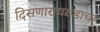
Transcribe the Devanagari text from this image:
दिसणारागरुडाचा